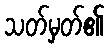
သတ်မှတ်၏